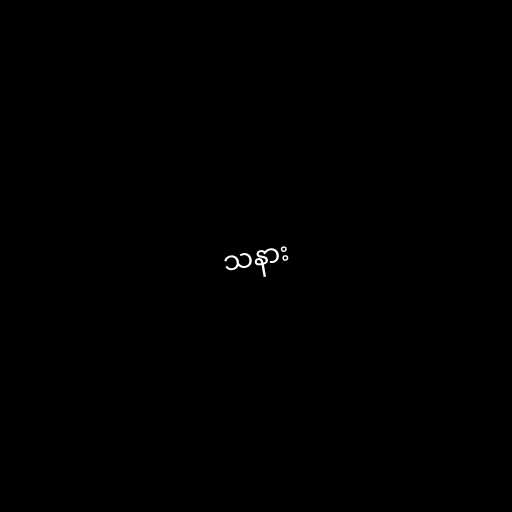
သနား